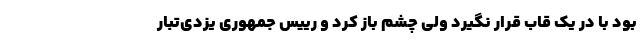
بود با در یک قاب قرار نگیرد ولی چشم باز کرد و رییس جمهوریِ یزدی‌تبار